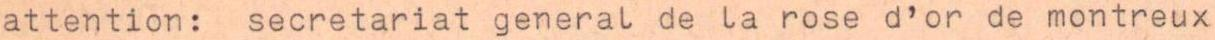
attention: secretariat general de la rose d'or de montreux